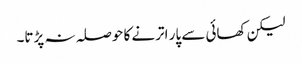
لیکن کھائی سے پار اترنے کا حوصلہ نہ پڑتا۔